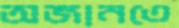
অজানতে